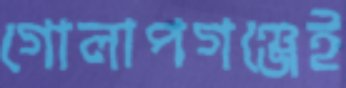
গোলাপগঞ্জেই